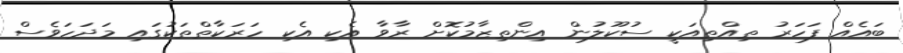
ބައެއް ފަހަރު ތިއްތިއަކީ ސުކޫލުން އިންތިޒާމުކޮށް ރާވާ އެކި އެކި ހަރަކާތްތަކުގައި މަދަހަވެސް